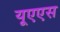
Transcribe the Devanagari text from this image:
यूएएस